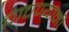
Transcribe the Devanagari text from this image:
चाचण्यानी